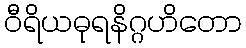
ဝီရိယဓုရနိဂ္ဂဟိတော